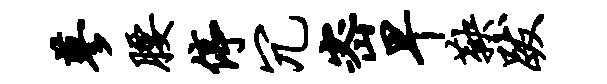
蓼腰停冗密早鞅跋